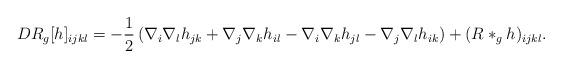
LaTeX: \begin{align*} DR_g[h]_{ijkl} = -\frac{1}{2}\left(\nabla_i\nabla_lh_{jk} + \nabla_j\nabla_kh_{il} - \nabla_i\nabla_kh_{jl} - \nabla_j\nabla_lh_{ik}\right) + (R\ast_g h)_{ijkl}.\end{align*}